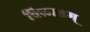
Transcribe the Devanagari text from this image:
विलासम्